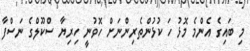
މި ބައިގެ އެންމެ މޮޅު ހަ ކުޅުންތެރިންނަށް ހޮވުނީ ހިރިޔާ ސްކޫލްގެ ނަސްފާ